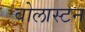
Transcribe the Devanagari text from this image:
वोलास्टन